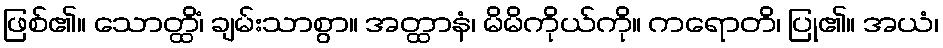
ဖြစ်၏။ သောတ္ထိံ၊ ချမ်းသာစွာ။ အတ္ထာနံ၊ မိမိကိုယ်ကို။ ကရောတိ၊ ပြု၏။ အယံ၊